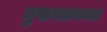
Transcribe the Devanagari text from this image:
मुखवटावजा